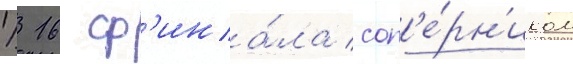
1/ 16 ф'ина́ла соп'е́рн'иком